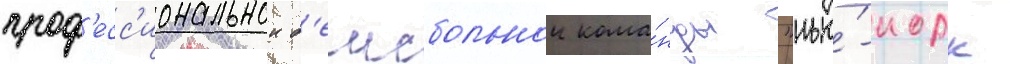
проф'есс'иональнои б'еисбольнои кома́нды "нью́-иорк